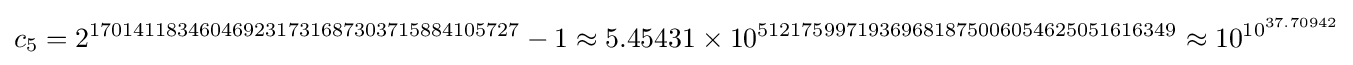
c_{5}=2^{170141183460469231731687303715884105727}-1\approx 5.45431\times 10^{51217599719369681875006054625051616349}\approx 10^{10^{37.70942}}